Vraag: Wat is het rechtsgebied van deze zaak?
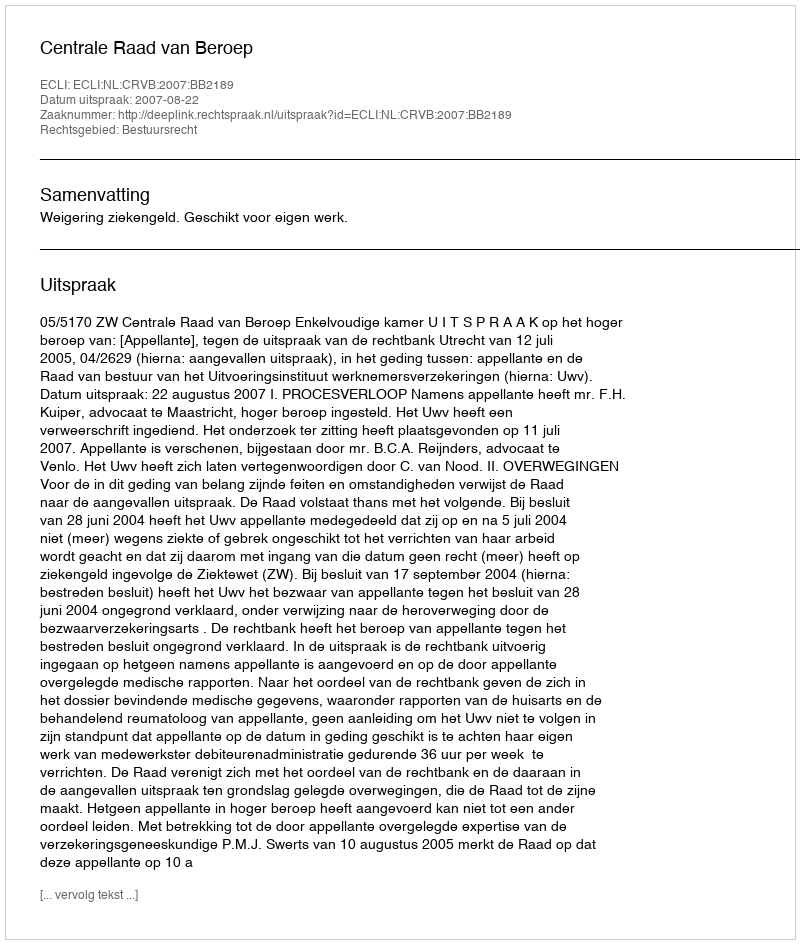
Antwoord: Bestuursrecht